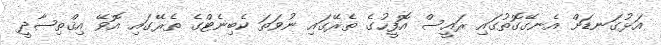
އަޅުގަނޑަށް އެނގޭގޮތުގައި ރައީސް އޮފީހުގެ ތެރޭގައި ނުވަތަ ކެބިނެޓްގެ ތެރޭގައި އޮވޭ އިޤްތިޞާދީ